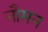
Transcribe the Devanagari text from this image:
नौमन